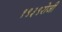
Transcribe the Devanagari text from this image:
१९३९रोजी